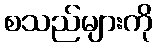
စသည်များကို